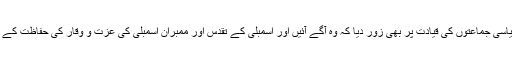
شہرام تراکئی نے تمام سیاسی جماعتوں کی قیادت پر بھی زور دیا کہ وہ آگے آئیں اور اسمبلی کے تقدس اور ممبران اسمبلی کی عزت و وقار کی حفاظت کے لئے اپنا کردار ادا کریں ۔